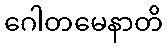
ဂေါတမေနာတိ